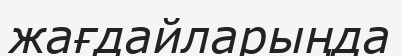
жағдайларыңда